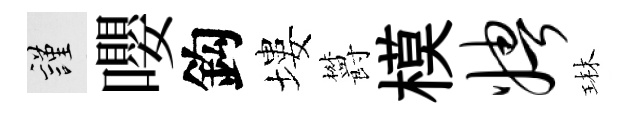
謹嚶鈎塿欝模娉琳